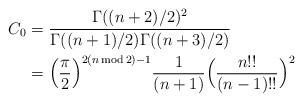
LaTeX: \begin{align*}C_0&=\frac{\Gamma((n+2)/2)^2}{\Gamma((n+1)/2) \Gamma((n+3)/2)}\\&= \Big( \frac \pi 2 \Big)^{2 ( n \thinspace \mathrm{mod} \thinspace 2) - 1}\frac{1}{(n+1)} \Big( \frac{n!!}{(n-1)!!} \Big)^2\end{align*}